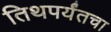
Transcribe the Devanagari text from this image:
तिथपर्यंतचा